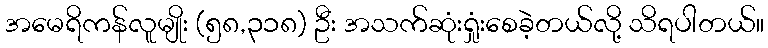
အမေရိကန်လူမျိုး (၅၈,၃၁၈) ဦး အသက်ဆုံးရှုံးစေခဲ့တယ်လို့ သိရပါတယ်။